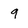
Character: 9